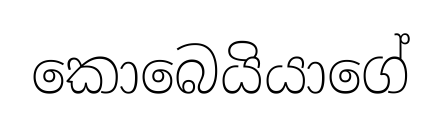
කොබෙයියාගේ